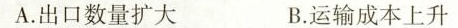
A.出口数量扩大 B.运输成本上升